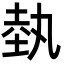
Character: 埶